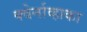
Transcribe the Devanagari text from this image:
क्वेर्नाव्हाका